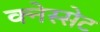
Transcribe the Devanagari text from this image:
क्नेस्सेट